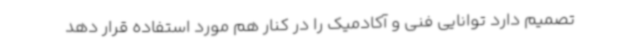
تصمیم دارد توانایی فنی و آکادمیک را در کنار هم مورد استفاده قرار دهد